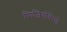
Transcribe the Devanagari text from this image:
फिजियोथैरपी